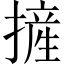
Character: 摌